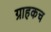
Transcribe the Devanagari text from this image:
ग्राहकच